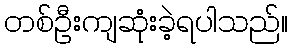
တစ်ဦးကျဆုံးခဲ့ရပါသည်။